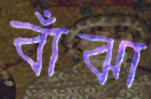
বাঁঝা